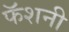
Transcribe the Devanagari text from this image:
फॅशनी